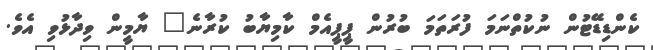
ކެންޑިޑޭޓުން ނުކުތްނަމަ ފުރަތަމަ ބުރުން ޕީޕީއެމް ކާމިޔާބު ކުރާނެ" ޔާމީން ވިދާޅުވި އެވެ.